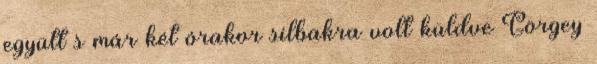
együtt s már két órakor silbakra volt küldve Görgey